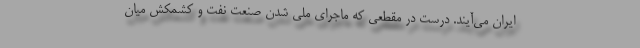
ایران می‌آیند. درست در مقطعی که ماجرای ملی شدن صنعت نفت و کشمکش میان